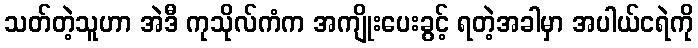
သတ်တဲ့သူဟာ အဲဒီ ကုသိုလ်ကံက အကျိုးပေးခွင့် ရတဲ့အခါမှာ အပါယ်ငရဲကို